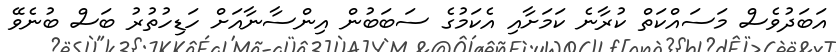
އަބަދުވެސް މަސައްކަތް ކުރާނެ ކަމަށާއި އެކަމުގެ ސަބަބުން އިންސާނާއަށް ހަޑިހުތުރު ބަސް ބުނެވޭ